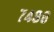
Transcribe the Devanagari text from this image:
७४८८